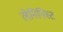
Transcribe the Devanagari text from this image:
लेनिनिस्ट